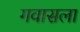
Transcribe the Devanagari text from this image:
गवासला